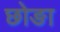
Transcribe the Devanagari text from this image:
छोङा